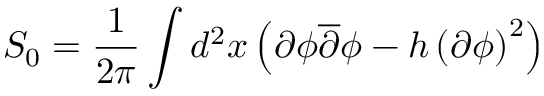
S _ { 0 } = \frac { 1 } { 2 \pi } \int d ^ { 2 } x \left( \partial \phi \overline { { { \partial } } } \phi - h \left( \partial \phi \right) ^ { 2 } \right)